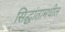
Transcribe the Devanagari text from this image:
सिद्धांतामधील